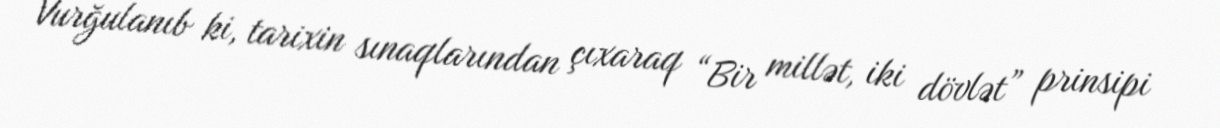
Vurğulanıb ki, tarixin sınaqlarından çıxaraq “Bir millət, iki dövlət” prinsipi